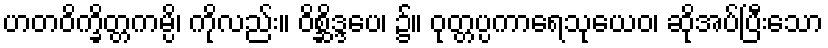
ဟတဝိက္ခိတ္တကမ္ပိ၊ ကိုလည်း။ ဝိစ္ဆိဒ္ဒပေ၊ ၌။ ဝုတ္တပ္ပကာရေသုယေဝ၊ ဆိုအပ်ပြီးသော